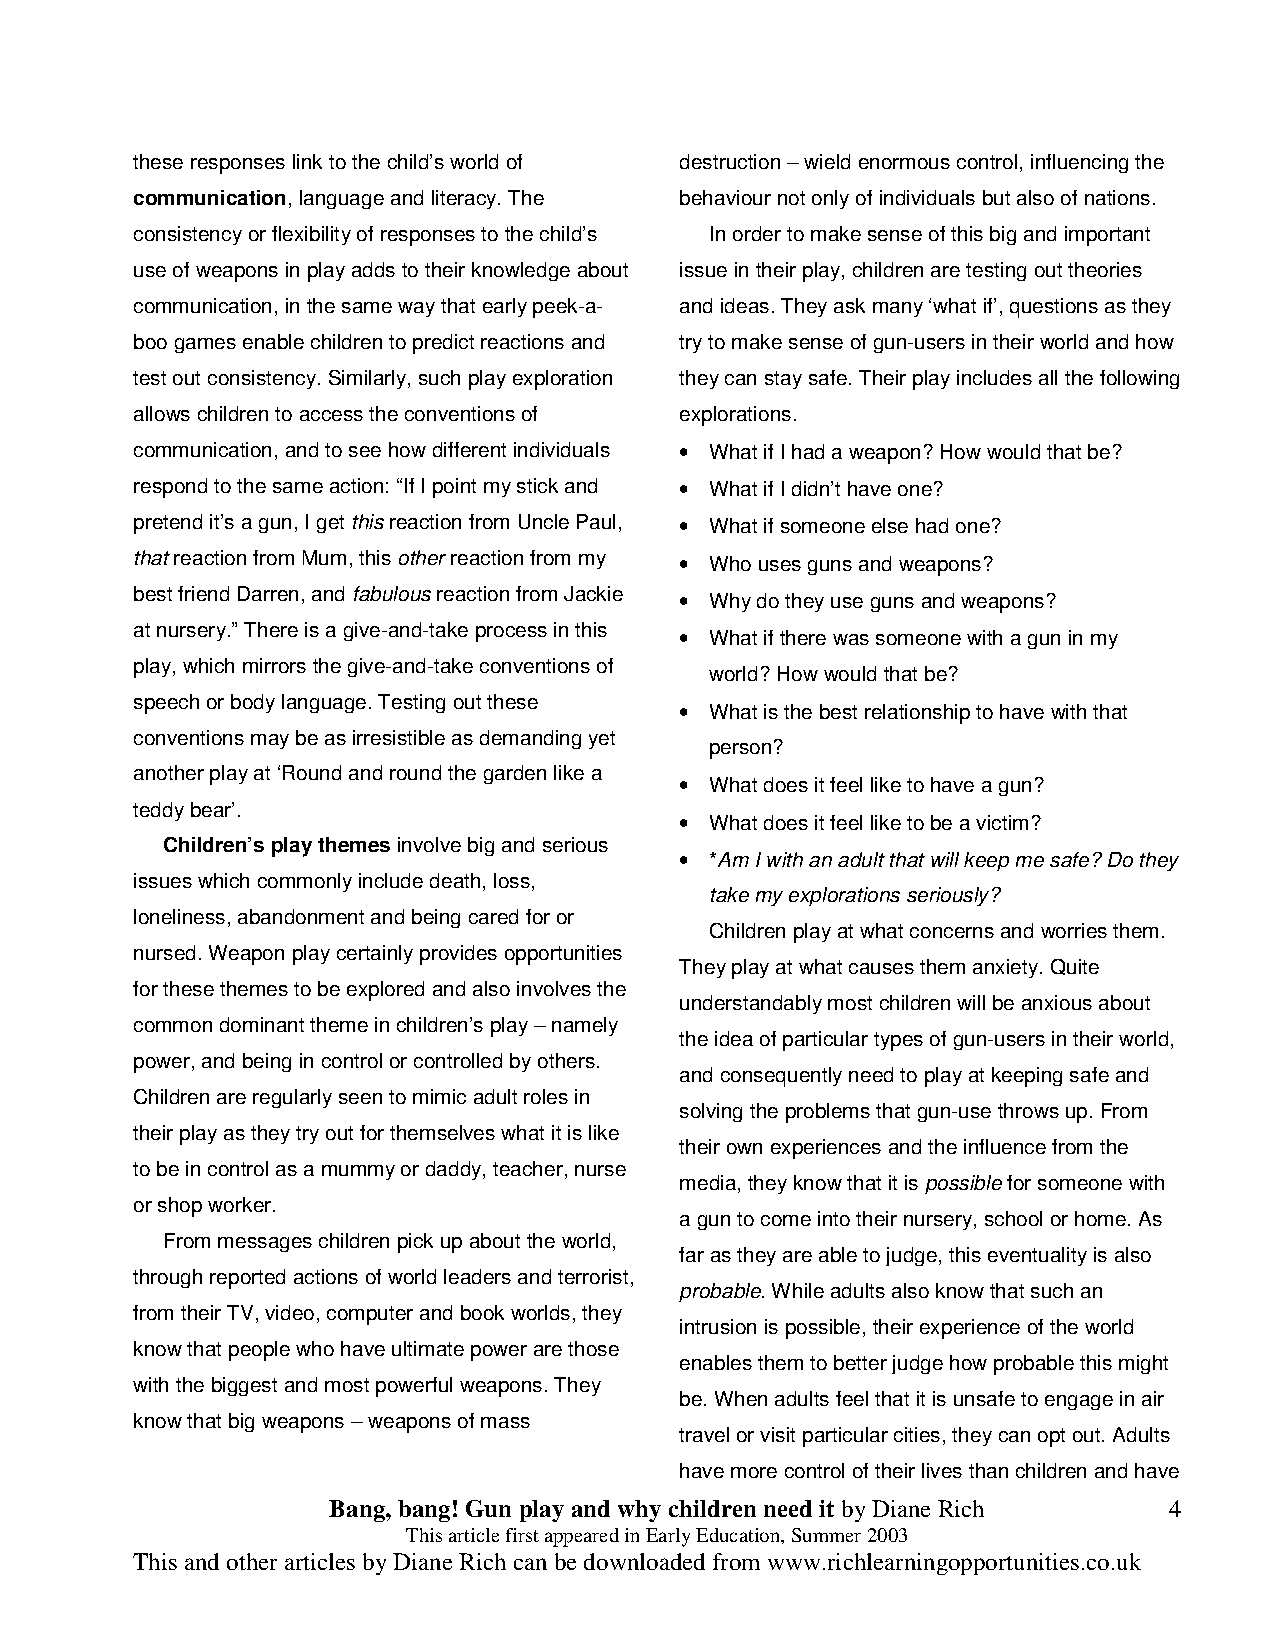
these responses link to the child’s world of destruction – wield enormous control, influencing the
 communication, language and literacy. The behaviour not only of individuals but also of nations.
 consistency or flexibility of responses to the child’s In order to make sense of this big and important
 use of weapons in play adds to their knowledge about issue in their play, children are testing out theories
 communication, in the same way that early peek-a- and ideas. They ask many ‘what if’, questions as they
 boo games enable children to predict reactions and try to make sense of gun-users in their world and how
 test out consistency. Similarly, such play exploration they can stay safe. Their play includes all the following
 allows children to access the conventions of explorations.
 communication, and to see how different individuals • What if I had a weapon? How would that be?
 respond to the same action: “If I point my stick and • What if I didn’t have one?
 pretend it’s a gun, I get this reaction from Uncle Paul, • What if someone else had one?
 that reaction from Mum, this other reaction from my • Who uses guns and weapons?
 best friend Darren, and fabulous reaction from Jackie • Why do they use guns and weapons?
 at nursery.” There is a give-and-take process in this • What if there was someone with a gun in my
 play, which mirrors the give-and-take conventions of
 world? How would that be?
 speech or body language. Testing out these • What is the best relationship to have with that
 conventions may be as irresistible as demanding yet
 person?
 another play at ‘Round and round the garden like a
 • What does it feel like to have a gun?
 teddy bear’.
 • What does it feel like to be a victim?
 Children’s play themes involve big and serious
 • *Am I with an adult that will keep me safe? Do they
 issues which commonly include death, loss,
 take my explorations seriously?
 loneliness, abandonment and being cared for or
 Children play at what concerns and worries them.
 nursed. Weapon play certainly provides opportunities
 They play at what causes them anxiety. Quite
 for these themes to be explored and also involves the
 understandably most children will be anxious about
 common dominant theme in children’s play – namely
 the idea of particular types of gun-users in their world,
 power, and being in control or controlled by others.
 and consequently need to play at keeping safe and
 Children are regularly seen to mimic adult roles in
 solving the problems that gun-use throws up. From
 their play as they try out for themselves what it is like
 their own experiences and the influence from the
 to be in control as a mummy or daddy, teacher, nurse
 media, they know that it is possible for someone with
 or shop worker.
 a gun to come into their nursery, school or home. As
 From messages children pick up about the world,
 far as they are able to judge, this eventuality is also
 through reported actions of world leaders and terrorist,
 probable. While adults also know that such an
 from their TV, video, computer and book worlds, they
 intrusion is possible, their experience of the world
 know that people who have ultimate power are those
 enables them to better judge how probable this might
 with the biggest and most powerful weapons. They
 be. When adults feel that it is unsafe to engage in air
 know that big weapons – weapons of mass
 travel or visit particular cities, they can opt out. Adults
 have more control of their lives than children and have
 Bang, bang! Gun play and why children need it by Diane Rich 4
 This article first appeared in Early Education, Summer 2003
 This and other articles by Diane Rich can be downloaded from www.richlearningopportunities.co.uk